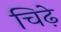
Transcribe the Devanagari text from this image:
चिढ़े